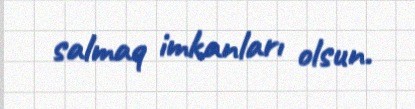
salmaq imkanları olsun.